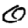
Digit: 0